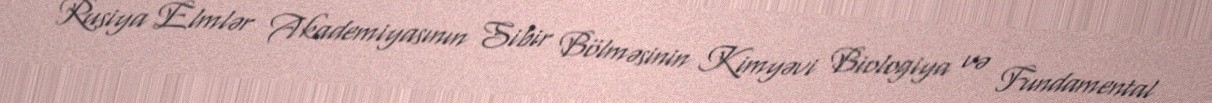
Rusiya Elmlər Akademiyasının Sibir Bölməsinin Kimyəvi Biologiya və Fundamental